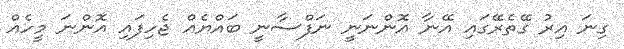
ގިނަ އިރު ގޭތެރޭގައި އޭނާ އޮންނަނީ ނަފްސާނީ ބައްޔެއް ޖެހިފައި އޮންނަ މީހެއް